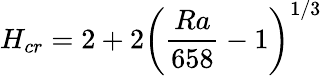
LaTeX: H_{cr}=2+2\left(\frac{Ra}{658}-1\right)^{1/3}